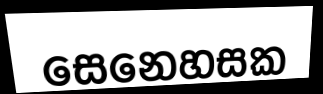
සෙනෙහසක